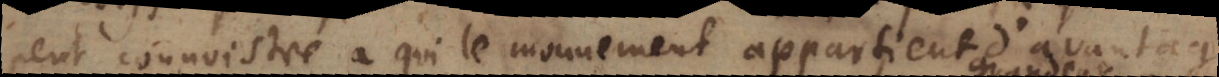
peut connoistre à qui le mouvement appartient d’avantage.